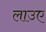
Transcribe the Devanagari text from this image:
लाउए